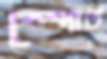
স্পোর্ত